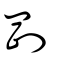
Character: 剛